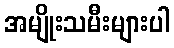
အမျိုးသမီးများပါ